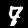
Label: 7